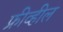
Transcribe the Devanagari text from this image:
फ्रीव्हील